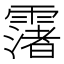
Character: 𩅻